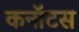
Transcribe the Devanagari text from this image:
कनॉटस